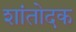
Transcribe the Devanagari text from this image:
शांतोदक